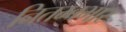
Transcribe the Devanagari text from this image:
नितम्बभार